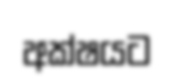
අක්ෂයට